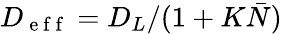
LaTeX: {D}_{\mathrm{~e~f~f~}}={{D}}_{L}/(1+K\bar{N})